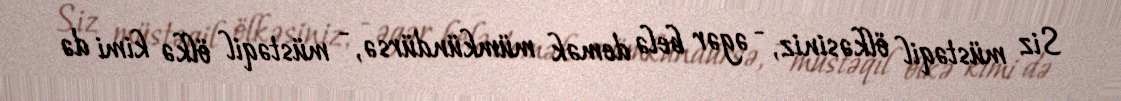
Siz müstəqil ölkəsiniz, - əgər belə demək mümkündürsə, - müstəqil ölkə kimi də